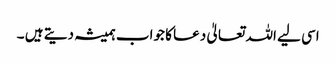
اسی لیے اللہ تعالیٰ دعا کا جواب ہمیشہ دیتے ہیں ۔